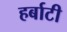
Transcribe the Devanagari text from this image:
हर्बाटी